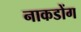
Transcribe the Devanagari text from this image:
नाकडोंग